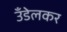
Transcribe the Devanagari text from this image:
उँडेलकर